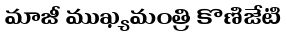
మాజీ ముఖ్యమంత్రి కొణిజేటి